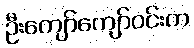
ဦးကျော်ကျော်ဝင်းက